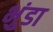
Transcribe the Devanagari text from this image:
भुंडा